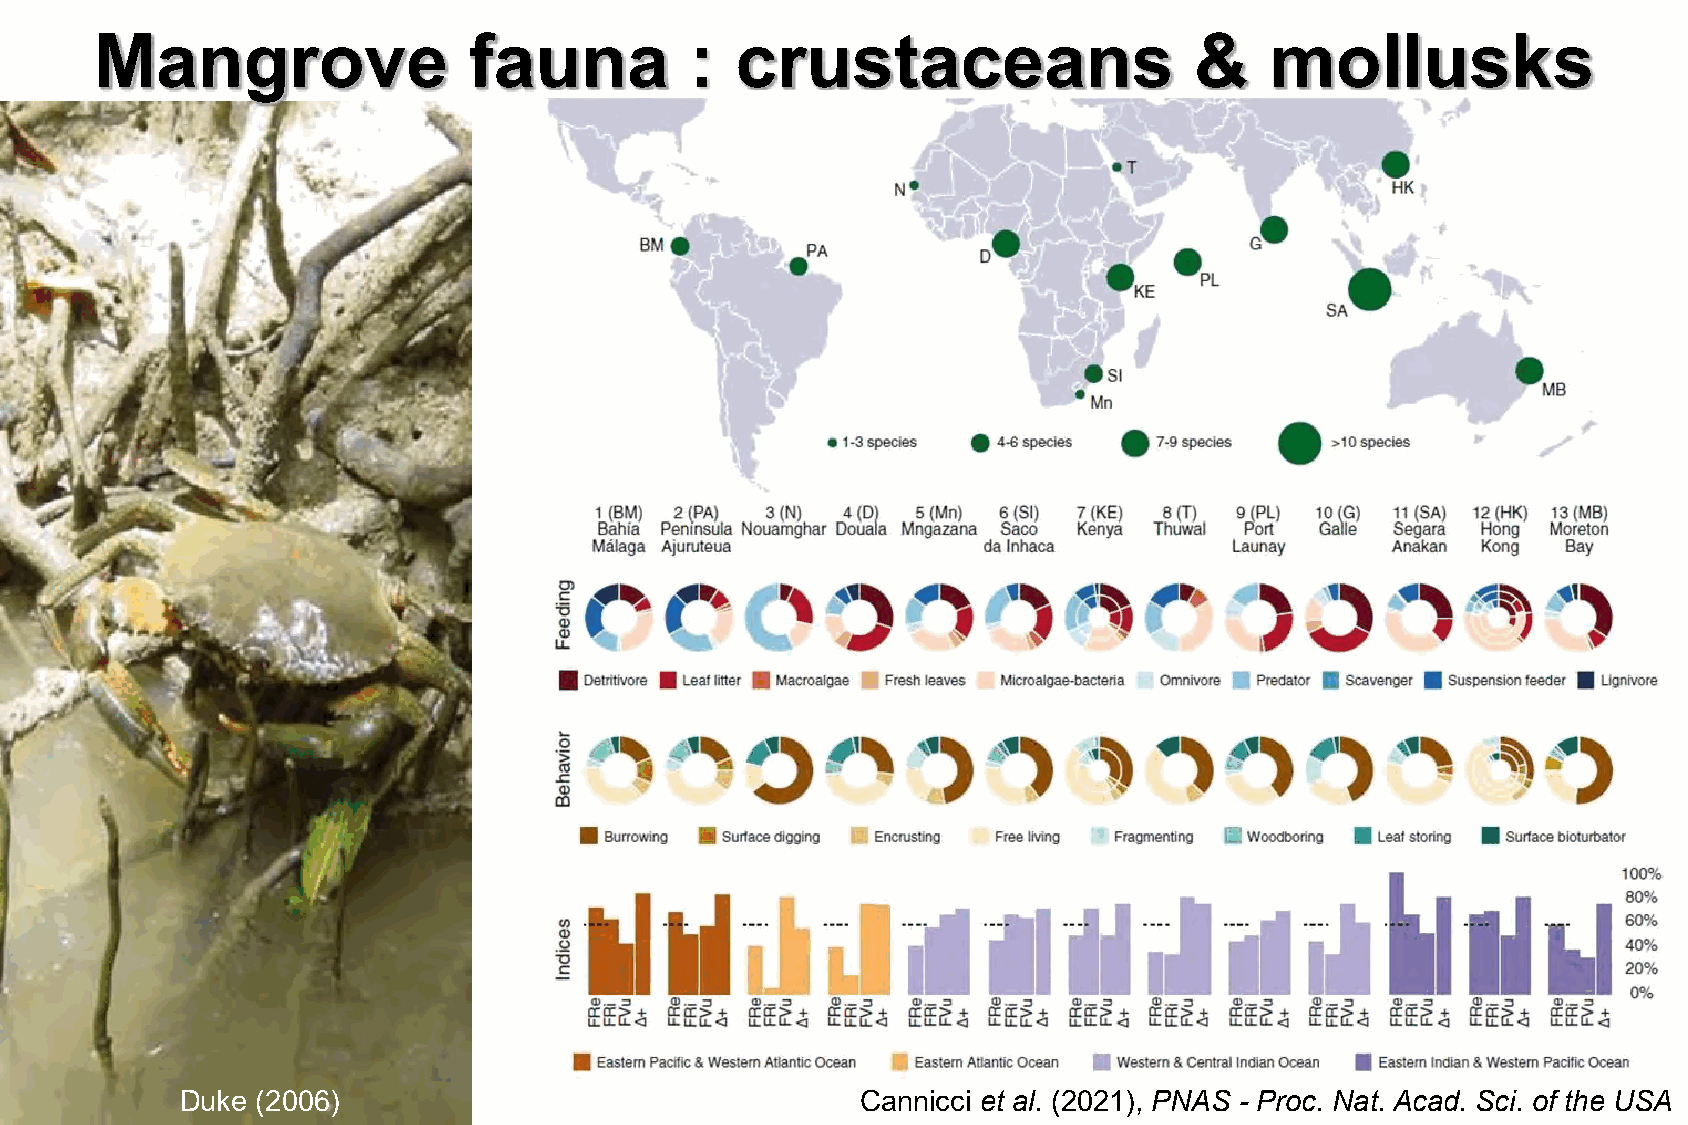
Mangrove                 fauna          :  crustaceans                   &    mollusks
 Duke (2006)                                  Cannicci et al. (2021), PNAS - Proc. Nat. Acad. Sci. of the USA